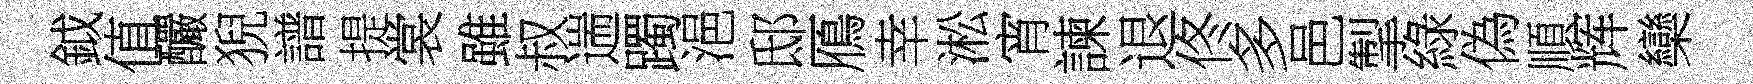
鉞值釅猊譜提裳雖叔遄躅浥邸鴈幸淞宵諫退佟多邑掣綠偽順辉欒